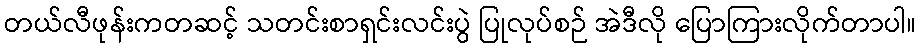
တယ်လီဖုန်းကတဆင့် သတင်းစာရှင်းလင်းပွဲ ပြုလုပ်စဉ် အဲဒီလို ပြောကြားလိုက်တာပါ။